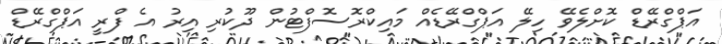
އަޕްގްރޭޑް ކޮށްލެވޭ ހިލޭ އަޕްގްރޭޑެއް މައިކްރޮސޮފްޓުން ދޫކުރި އިރު އެ ފްރީ އަޕްގްރޭޑް